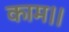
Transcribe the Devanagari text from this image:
काम।।